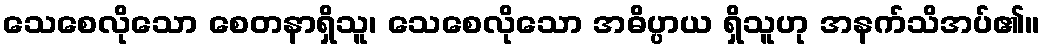
သေစေလိုသော စေတနာရှိသူ၊ သေစေလိုသော အဓိပ္ပာယ ရှိသူဟု အနက်သိအပ်၏။